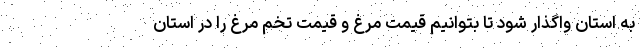
به استان واگذار شود تا بتوانیم قیمت مرغ و قیمت تخم مرغ را در استان